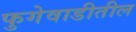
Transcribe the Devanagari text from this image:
फुगेवाडीतील